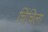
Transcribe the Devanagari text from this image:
चिंचिला